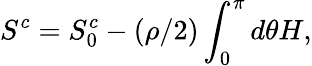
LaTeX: S^{c}=S_{0}^{c}-(\rho/2)\int_{0}^{\pi}d\theta H,